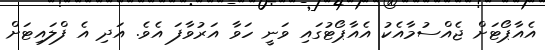
އެއާޕޯޓަށް ޖެއްސުމާއެކު އެއާޕޯޓުގައި ވަނީ ހަވާ އަރުވާފަ އެވެ. އަދި އެ ފްލައިޓަށް